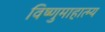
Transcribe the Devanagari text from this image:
विष्णुमाहात्म्य